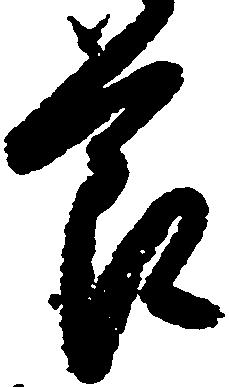
節